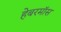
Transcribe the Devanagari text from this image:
हेबरमॉस